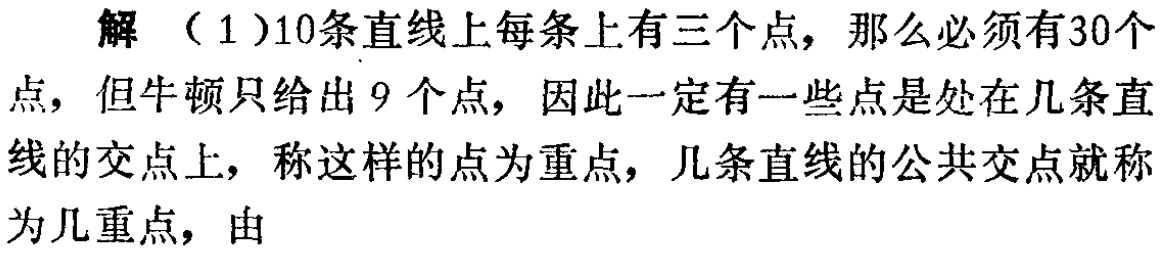
解（1）10条直线上每条上有三个点，那么必须有30个点，但牛顿只给出9个点，因此一定有一些点是处在几条直线的交点上，称这样的点为重点，几条直线的公共交点就称为几重点，由